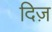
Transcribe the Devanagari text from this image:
दिज़